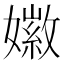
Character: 𪦩